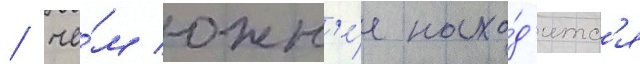
/ че́м южн'е́е нахо́д'итс'я